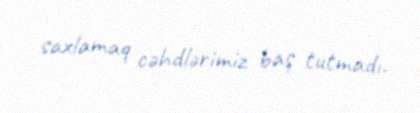
saxlamaq cəhdlərimiz baş tutmadı.